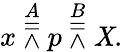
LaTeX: x\ {\overset{A}{\doublebarwedge}}\ p\ {\overset{B}{\doublebarwedge}}\ \mathit{X}.